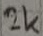
Text: 2k